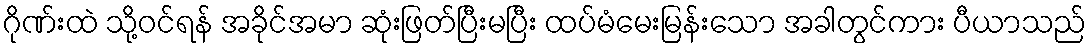
ဂိုဏ်းထဲ သို့ဝင်ရန် အခိုင်အမာ ဆုံးဖြတ်ပြီးမပြီး ထပ်မံမေးမြန်းသော အခါတွင်ကား ပီယာသည်